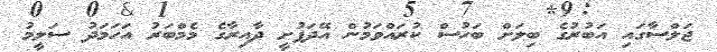
ޖަލްސާގައި އަބުރުގެ ބިލަށް ބަހުސް ކުރައްވަމުން އޭދަފުށީ ދާއިރާގެ މެމްބަރު އަހަމަދު ސަލީމު